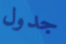
جدول